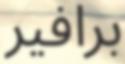
برافير